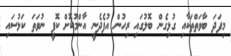
މިފަދަ ބާވަތްތަކާއި ގުޅިގެން ބޮލުގައި ރިހުން އުފެދެނީ އާންމުކޮށް ކޮފީ ނުވަތަ ކަޅުސައި